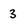
Character: 3